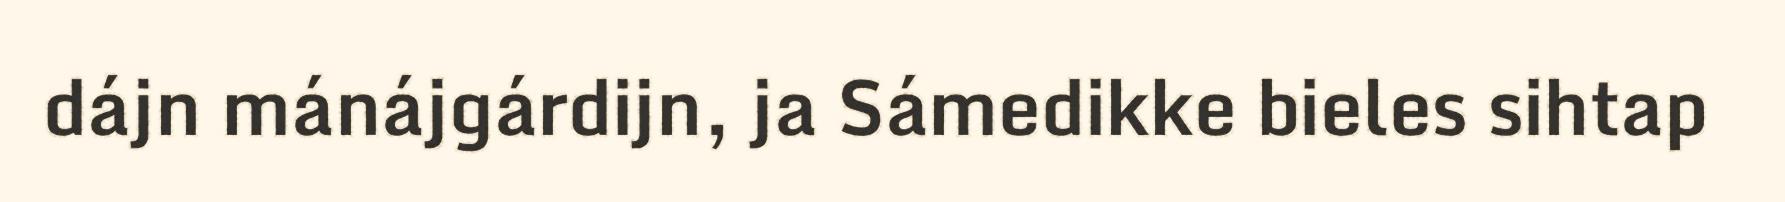
dájn mánájgárdijn, ja Sámedikke bieles sihtap